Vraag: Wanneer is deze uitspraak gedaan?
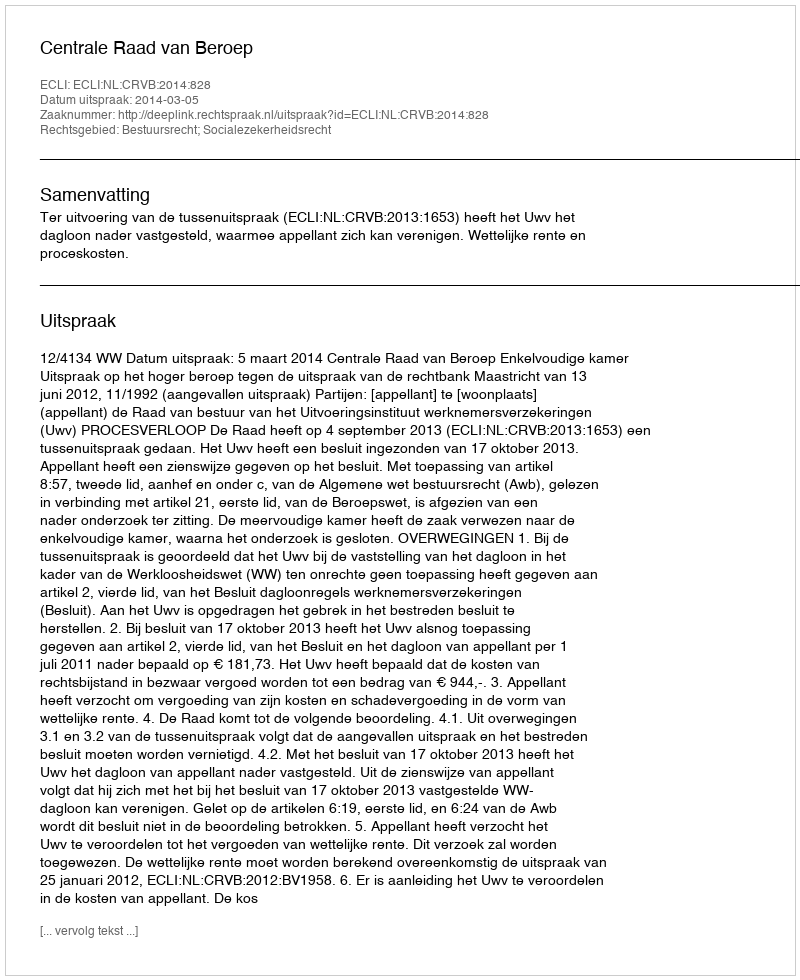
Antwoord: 2014-03-05